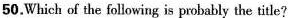
50.Which of the following is probably the title?